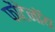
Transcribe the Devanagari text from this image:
फोंटेनॉय